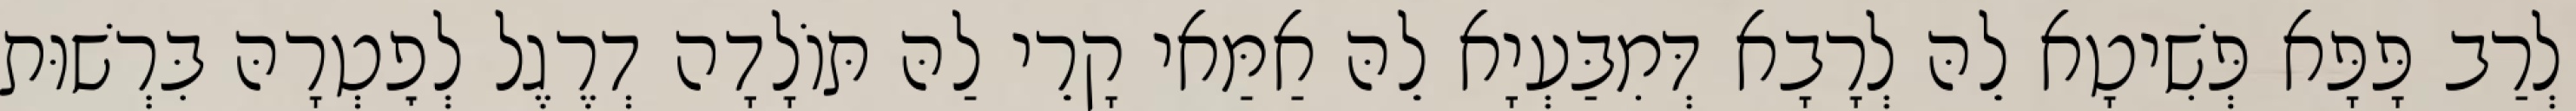
לְרַב פָּפָּא פְּשִׁיטָא לֵהּ לְרָבָא דְּמִבַּעְיָא לֵהּ אַמַּאי קָרֵי לַהּ תּוֹלָדָה דְרֶגֶל לְפׇטְרָהּ בִּרְשׁוּת